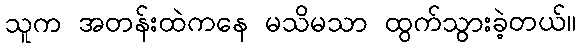
သူက အတန်းထဲကနေ မသိမသာ ထွက်သွားခဲ့တယ်။